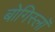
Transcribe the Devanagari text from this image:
बोगिस्लॉ